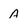
Character: A